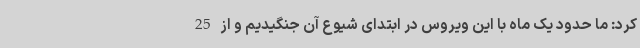
کرد: ما حدود یک ماه با این‌ ویروس در ابتدای شیوع آن جنگیدیم و از 25